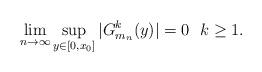
LaTeX: \begin{align*}\lim_{n \to \infty}\sup_{y \in [0,x_0]}|G^k_{m_n}(y)| = 0 \ \ k \geq 1. \end{align*}